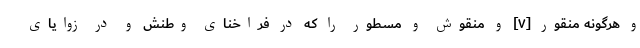
و هرگونه منقور [۷] و منقوش و مسطور را که در فراخنای وطنش و در زوایای